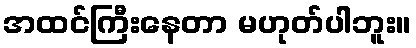
အထင်ကြီးနေတာ မဟုတ်ပါဘူး။